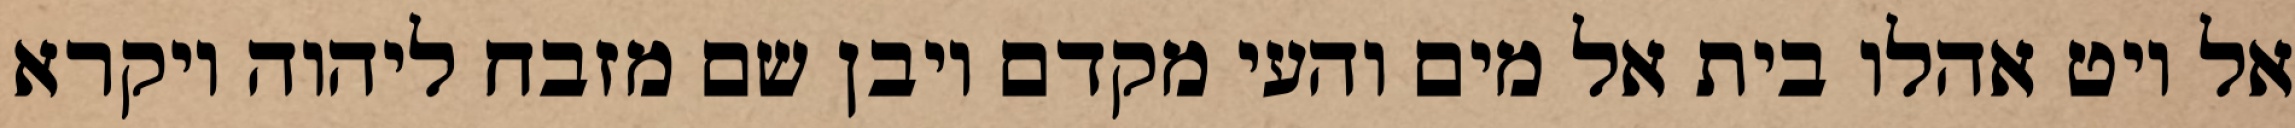
אל ויט אהלו בית אל מים והעי מקדם ויבן שם מזבח ליהוה ויקרא